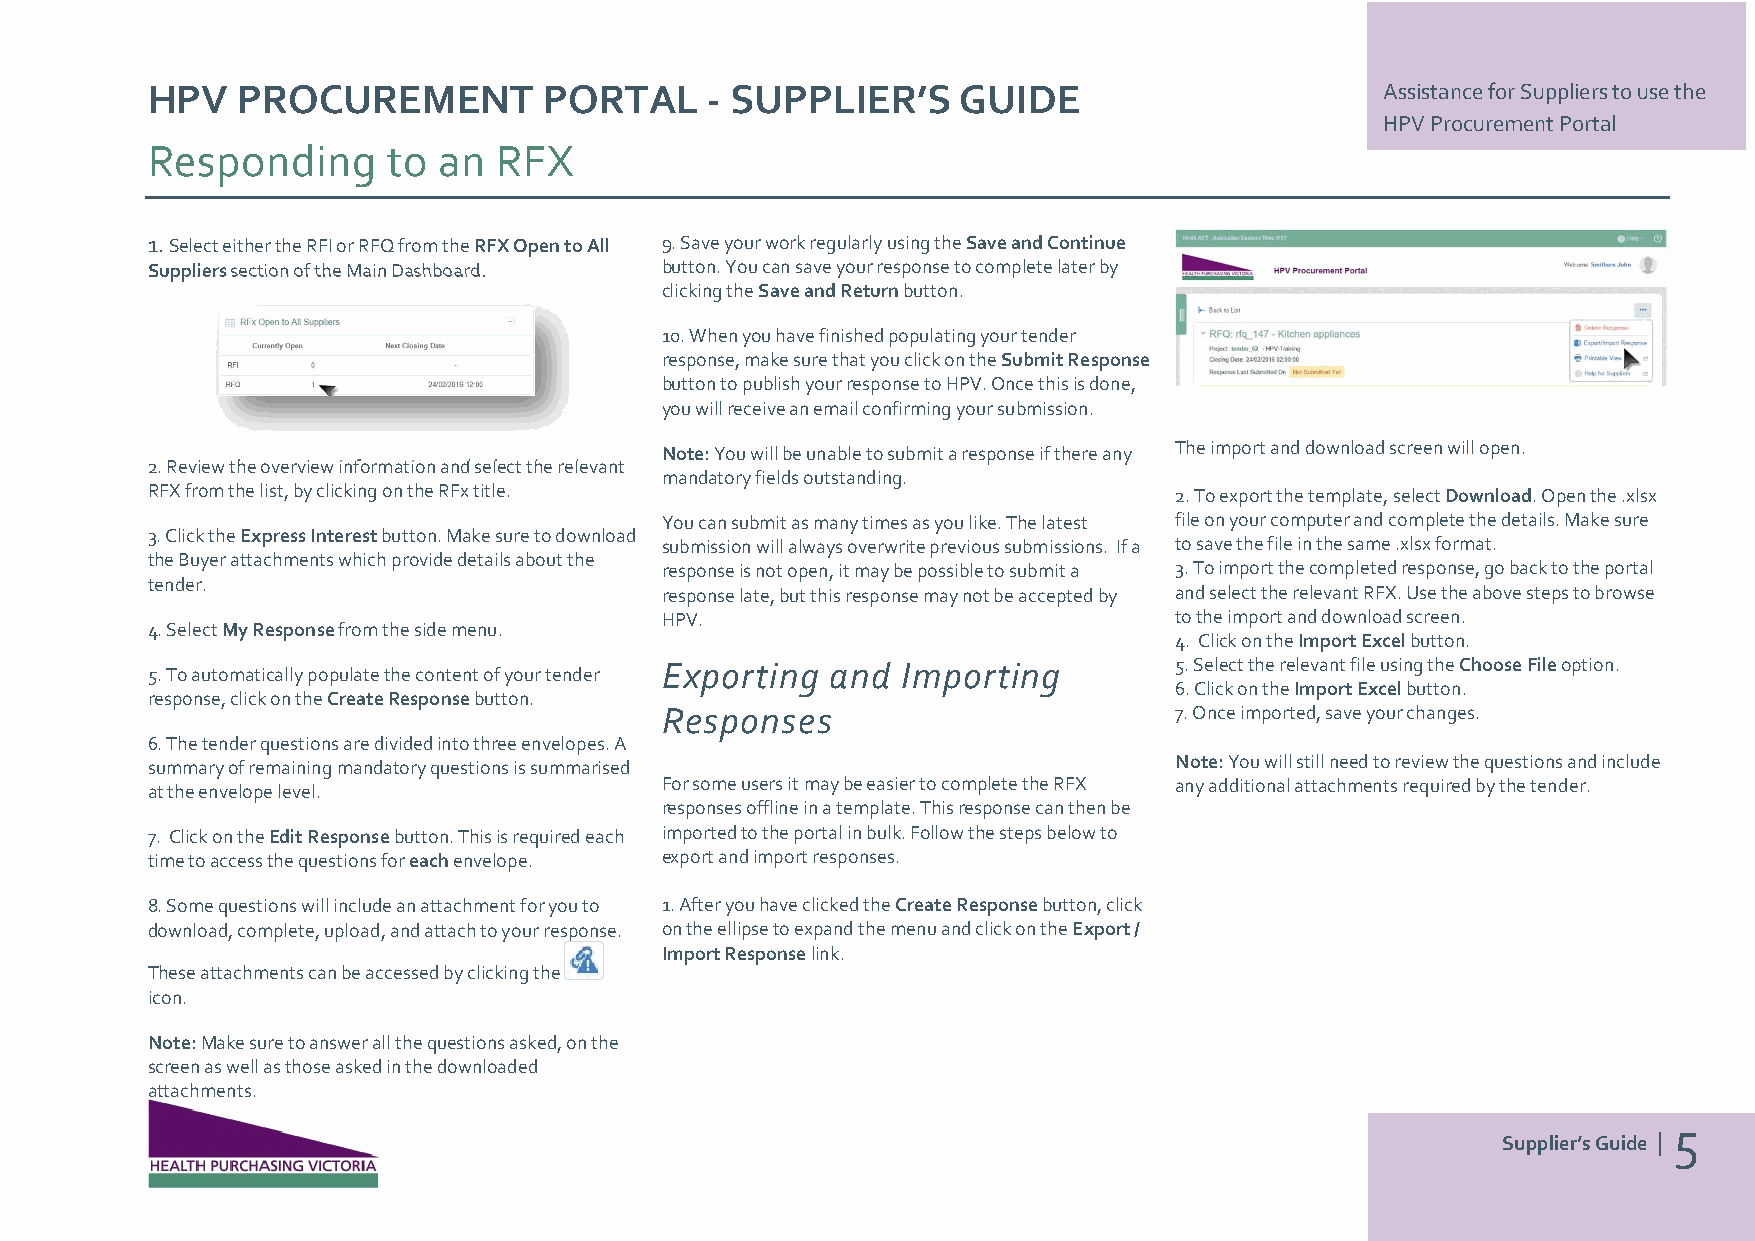
HPV   PROCUREMENT         PORTAL     - SUPPLIER’S    GUIDE                        Assistance for Suppliers to use the
 HPV Procurement Portal
 Responding      to an  RFX
 1. Select either the RFI or RFQ from the RFX Open to All 9. Save your work regularly using the Save and Continue
 Suppliers section of the Main Dashboard. button. You can save your response to complete later by
 clicking the Save and Return button.
 10. When you have finished populating your tender
 response, make sure that you click on the Submit Response
 button to publish your response to HPV. Once this is done,
 you will receive an email confirming your submission.
 Note: You will be unable to submit a response if there any The import and download screen will open.
 2. Review the overview information and select the relevant
 mandatory fields outstanding.
 RFX from the list, by clicking on the RFx title.                    2. To export the template, select Download. Open the .xlsx
 You can submit as many times as you like. The latest file on your computer and complete the details. Make sure
 3. Click the Express Interest button. Make sure to download
 submission will always overwrite previous submissions. If a to save the file in the same .xlsx format.
 the Buyer attachments which provide details about the
 response is not open, it may be possible to submit a 3. To import the completed response, go back to the portal
 tender.
 response late, but this response may not be accepted by and select the relevant RFX. Use the above steps to browse
 HPV.                              to the import and download screen.
 4. Select My Response from the side menu.
 4. Click on the Import Excel button.
 5. Select the relevant file using the Choose File option.
 5. To automatically populate the content of your tender Exporting and Importing
 6. Click on the Import Excel button.
 response, click on the Create Response button.
 Responses                         7. Once imported, save your changes.
 6. The tender questions are divided into three envelopes. A
 summary of remaining mandatory questions is summarised              Note: You will still need to review the questions and include
 at the envelope level.            For some users it may be easier to complete the RFX any additional attachments required by the tender.
 responses offline in a template. This response can then be
 7. Click on the Edit Response button. This is required each imported to the portal in bulk. Follow the steps below to
 time to access the questions for each envelope. export and import responses.
 8. Some questions will include an attachment for you to 1. After you have clicked the Create Response button, click
 download, complete, upload, and attach to your response. on the ellipse to expand the menu and click on the Export /
 Import Response link.
 These attachments can be accessed by clicking the
 icon.
 Note: Make sure to answer all the questions asked, on the
 screen as well as those asked in the downloaded
 attachments.
 Supplier’s Guide | 5